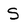
Character: S